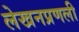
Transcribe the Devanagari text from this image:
लेखनप्रणली